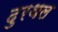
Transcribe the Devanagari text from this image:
दुरथल